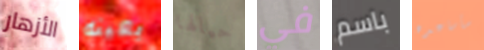
الأزهار بعينه حيالها في باسم سأساعده